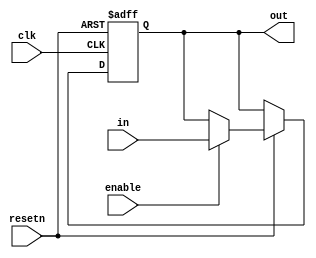
module dff(
		clk,
		resetn,
		enable,
		in,
		out
);
	input clk;
	input resetn;
	input enable;
	input in;
	output out;
	
	
	
	reg R;
	
	assign out = R;
	
	always @ (posedge clk or negedge resetn) begin
		if (resetn == 1'b0) R <= 1'b0;
		else if (resetn == 1'b1) begin
			if (enable == 1'b1) R <= in;
			else if (enable == 1'b0) R <= R;
		end
	end

endmodule